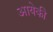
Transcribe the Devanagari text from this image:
आयेकी